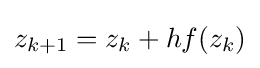
z_{k+1}=z_{k}+hf(z_{k})